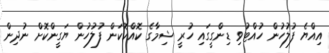
އިއްޔެ ފުލުހުން ހުއްޓުވި ޑިންގީގައި ހުރީ ޝިމާގެ ކޮއްކޮކަން ފުލުހުން ޔަގީންކޮށް ނުދިން